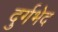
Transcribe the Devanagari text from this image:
दुर्गभेद